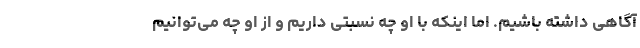
آگاهی داشته باشیم. اما اینکه با او چه نسبتی داریم و از او چه می‌توانیم